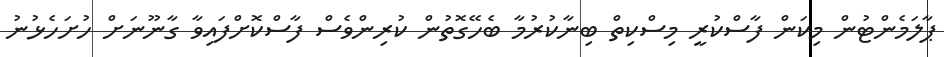
ޕާލަމެންޓުން މިކަން ފާސްކުރީ މިސްކިތް ބިނާކުރުމާ ބެހޭގޮތުން ކުރިންވެސް ފާސްކޮށްފައިވާ ގާނޫނަށް ހުށަހެޅުނު